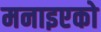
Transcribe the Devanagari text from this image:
मनाइएको